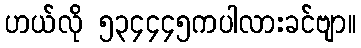
ဟယ်လို ၅၃၄၄၄၅ကပါလားခင်ဗျာ။